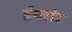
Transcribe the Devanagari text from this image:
ईगलेट